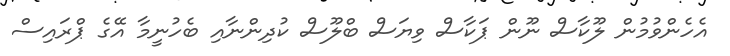
އެހެންވުމުން ލޫކާސް ނޫން ޕަކާސް ވިޔަސް ބްލޫސް ކުދިންނާއި ބެހުނީމާ އޭގެ ޕްރައިސް